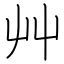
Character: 艸